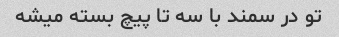
تو در سمند با سه تا پیچ بسته میشه